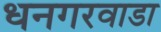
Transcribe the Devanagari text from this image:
धनगरवाडा